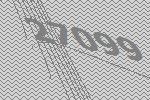
27099